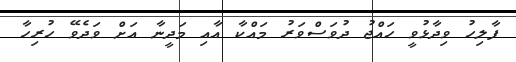
ފާލިހު ވިދާޅުވީ ހައްޖު ދުވަސްވަރު މައްކާ އާއި މަދީނާ އަށް ވަދެވޭ ހުރިހާ